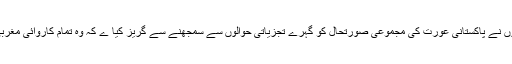
بعض ایک این جی اوز حقوق نسواں کی پرسور و زور چمپیئن سمجھی جاتی ہیں لیکن شاید انہوں نے پاکستانی عورت کی مجموعی صورتحال کو گہرے تجزیاتی حوالوں سے سمجھنے سے گریز کیا ے کہ وہ تمام کاروائی مغربی طرز احساس کے تحت سر انجام دیتی ہیں ان کے مغربی ڈزنر ز کو بس اتنا ہی چاہیے ہے۔